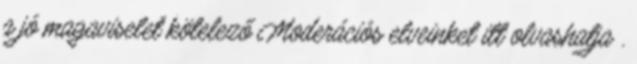
a jó magaviselet kötelező Moderációs elveinket itt olvashatja .